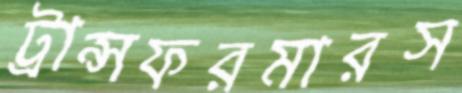
ট্রান্সফরমারস